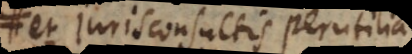
et Jurisconsultis perutilia